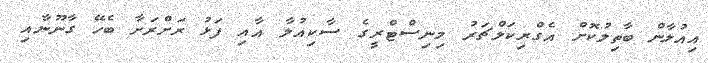
އިއުލާން ބާތިލުކޮށް އެގްރިކަލްޗަރު މިނިސްޓްރީގެ ސާކިއުލާ އާއި ފަޅު ރަށްރަށާ ބެހޭ ގާނޫނާއި